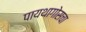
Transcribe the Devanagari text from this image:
पायथागोसचा